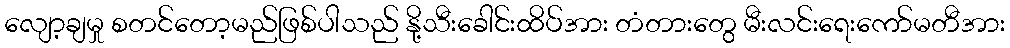
လျော့ချမှု စတင်တော့မည်ဖြစ်ပါသည် နို့သီးခေါင်းထိပ်အား တံတားတွေ မီးလင်းရေးကော်မတီအား